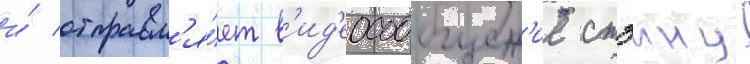
и́ отправл'я́ет в'ид'еосообщен'ие стэину